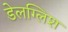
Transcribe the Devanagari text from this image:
डेलग्लिश